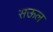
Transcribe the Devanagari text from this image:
सऊल